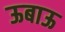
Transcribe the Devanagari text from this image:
ऊबाऊ